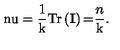
\mathrm { \ n u } = \frac { 1 } { \mathrm { k } } \mathrm { T r } \left( \mathbf { I } \right) \mathrm { = } \frac { n } { \mathrm { k } } .